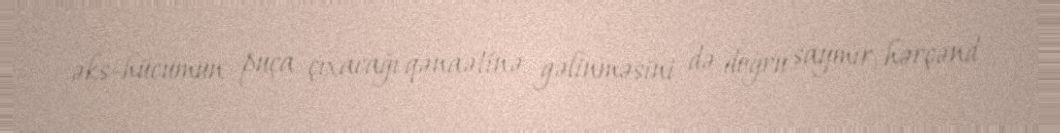
əks-hücumun puça çıxacağı qənaətinə gəlinməsini də doğru saymır, hərçənd